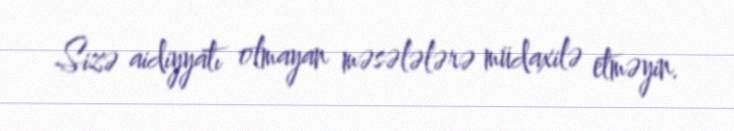
Sizə aidiyyatı olmayan məsələlərə müdaxilə etməyin.